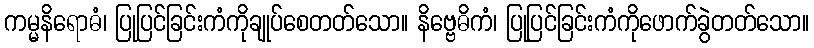
ကမ္မနိရောဓံ၊ ပြုပြင်ခြင်းကံကိုချုပ်စေတတ်သော။ နိဗ္ဗေဓိကံ၊ ပြုပြင်ခြင်းကံကိုဖောက်ခွဲတတ်သော။